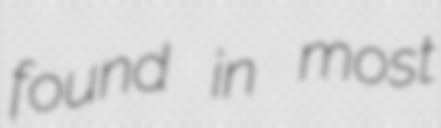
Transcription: found in most